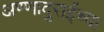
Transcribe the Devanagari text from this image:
अण्णादुराईंच्या